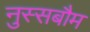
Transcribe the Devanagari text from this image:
नुस्सबौम